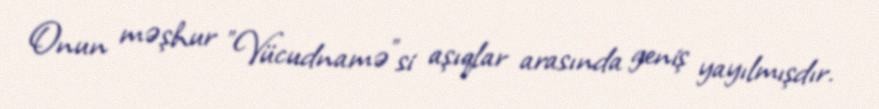
Onun məşhur "Vücudnamə"si aşıqlar arasında geniş yayılmışdır.